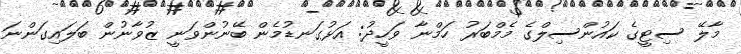
މާލޭ ސިޓީގެ ކައުންސިލްގެ މެމްބަރު ހަމްނާ ވަހީދު: އަޅުގަނޑުމެން ބޭނުންވަނީ ޒުވާނުން ބަލައިގަންނަ